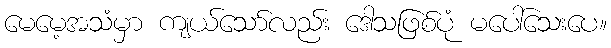
မေမေ့အသံမှာ ကျယ်သော်လည်း ဒေါသဖြစ်ပုံ မပေါ်သေးပေ။